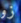
زو